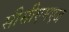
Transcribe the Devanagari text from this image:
सीसीएमएज